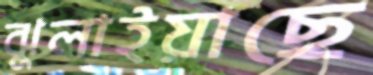
ঝুলাইয়াছে